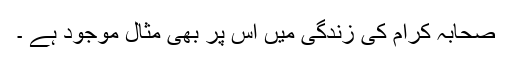
صحابہ کرام کی زندگی میں اس پر بھی مثال موجود ہے ۔